Report on lock hospitals in British Burma
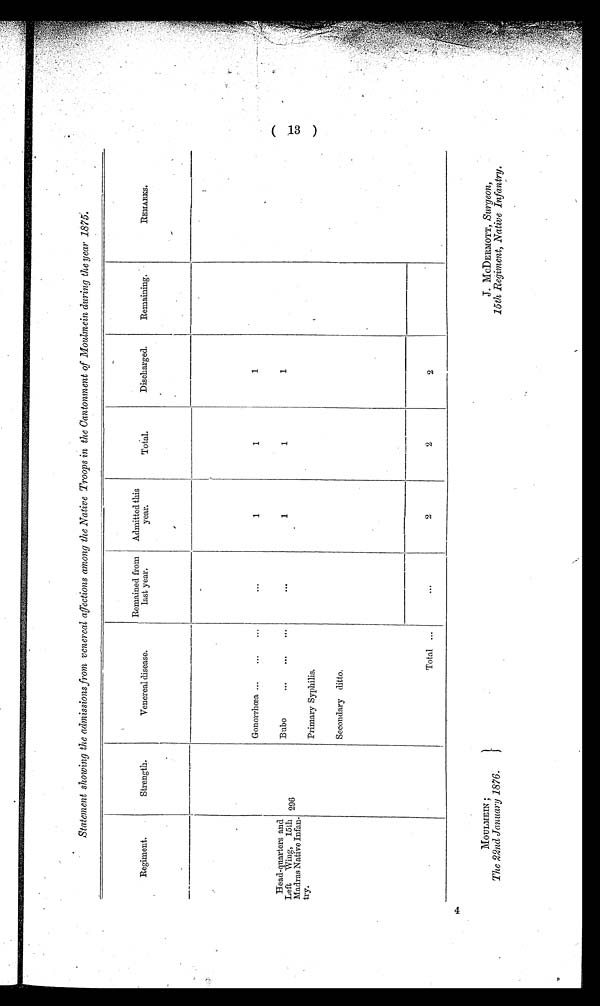
MOULMEIN ;
The 22nd January 1876.
J. MCDERMOTT, Surgeon,
25th Regiment, Native Infantry.
Statement showing the admissions from venereal affections among the Native Troops in the Cantonment of Moulmein during the year 1875.
Regiment.
Strength.
Venereal disease.
Remained from
last year.
Admitted this
year.
Total.
Discharged.
Remaining.
REMARKS.
,
Gonorrhœa ...
...
...
...
1
1
1
Head-quarters and
Left
Wing, 15th
Madras Native Infan-
t r y .
296
Bubo
...
...
...
. . .
1
1
1
Primary Syphilis.
Secondary ditto.
Total ...
. . .
2
2
2
4